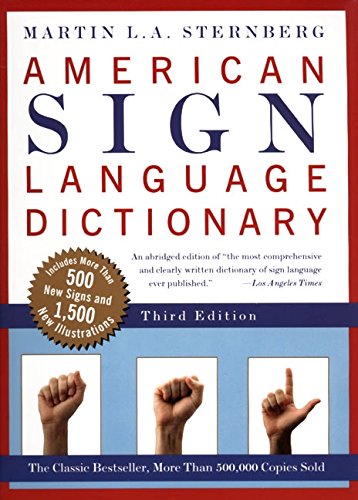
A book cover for American Sign Language Dictionary, Third Edition; Martin L.A. Sternberg; Reference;